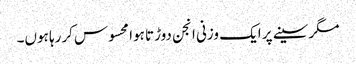
مگرسینے پر ایک وزنی انجن دوڑتا ہوا محسوس کررہا ہوں۔